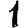
Digit: 1